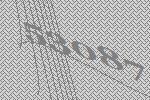
53087